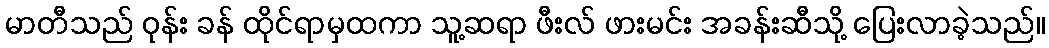
မာတီသည် ဝုန်း ခန် ထိုင်ရာမှထကာ သူ့ဆရာ ဖီးလ် ဖားမင်း အခန်းဆီသို့ ပြေးလာခဲ့သည်။